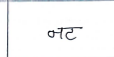
मजकूर: नट